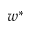
w ^ { * }